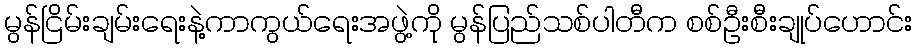
မွန်ငြိမ်းချမ်းရေးနဲ့ကာကွယ်ရေးအဖွဲ့ကို မွန်ပြည်သစ်ပါတီက စစ်ဦးစီးချုပ်ဟောင်း